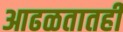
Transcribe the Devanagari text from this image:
आढळतातही